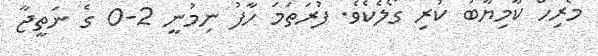
މެރިހް ކާމިޔާބު ކުރި ގޯލެކެވެ. ފުރަތަމަ ހާފު ނިމުނީ 2-0 ގެ ނަތީޖާ